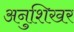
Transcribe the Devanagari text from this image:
अनुशिखर